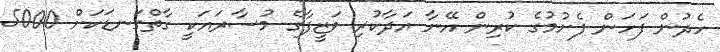
ހެދުން ފަހަން ފެށުމުގެ ކުރިން އޭނާ އަދާކުރި ވަޒީފާގެ މުސާރައަކީ ގާތްގަނޑަކަށް 5000